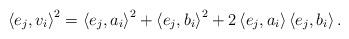
LaTeX: \begin{align*} \left<e_j, v_i \right>^2 = \left<e_j, a_i \right>^2 + \left<e_j, b_i \right>^2 + 2\left<e_j, a_i \right>\left< e_j, b_i \right>.\end{align*}